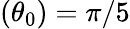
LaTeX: (\theta_{0})=\pi/5